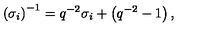
\left( \sigma _ { i } \right) ^ { - 1 } = q ^ { - 2 } \sigma _ { i } + \left( q ^ { - 2 } - 1 \right) ,